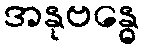
အနုဗန္ဓေ